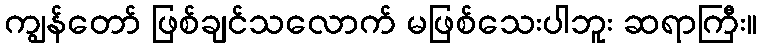
ကျွန်တော် ဖြစ်ချင်သလောက် မဖြစ်သေးပါဘူး ဆရာကြီး။